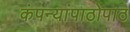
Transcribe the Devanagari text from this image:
कंपन्यांपाठोपाठ